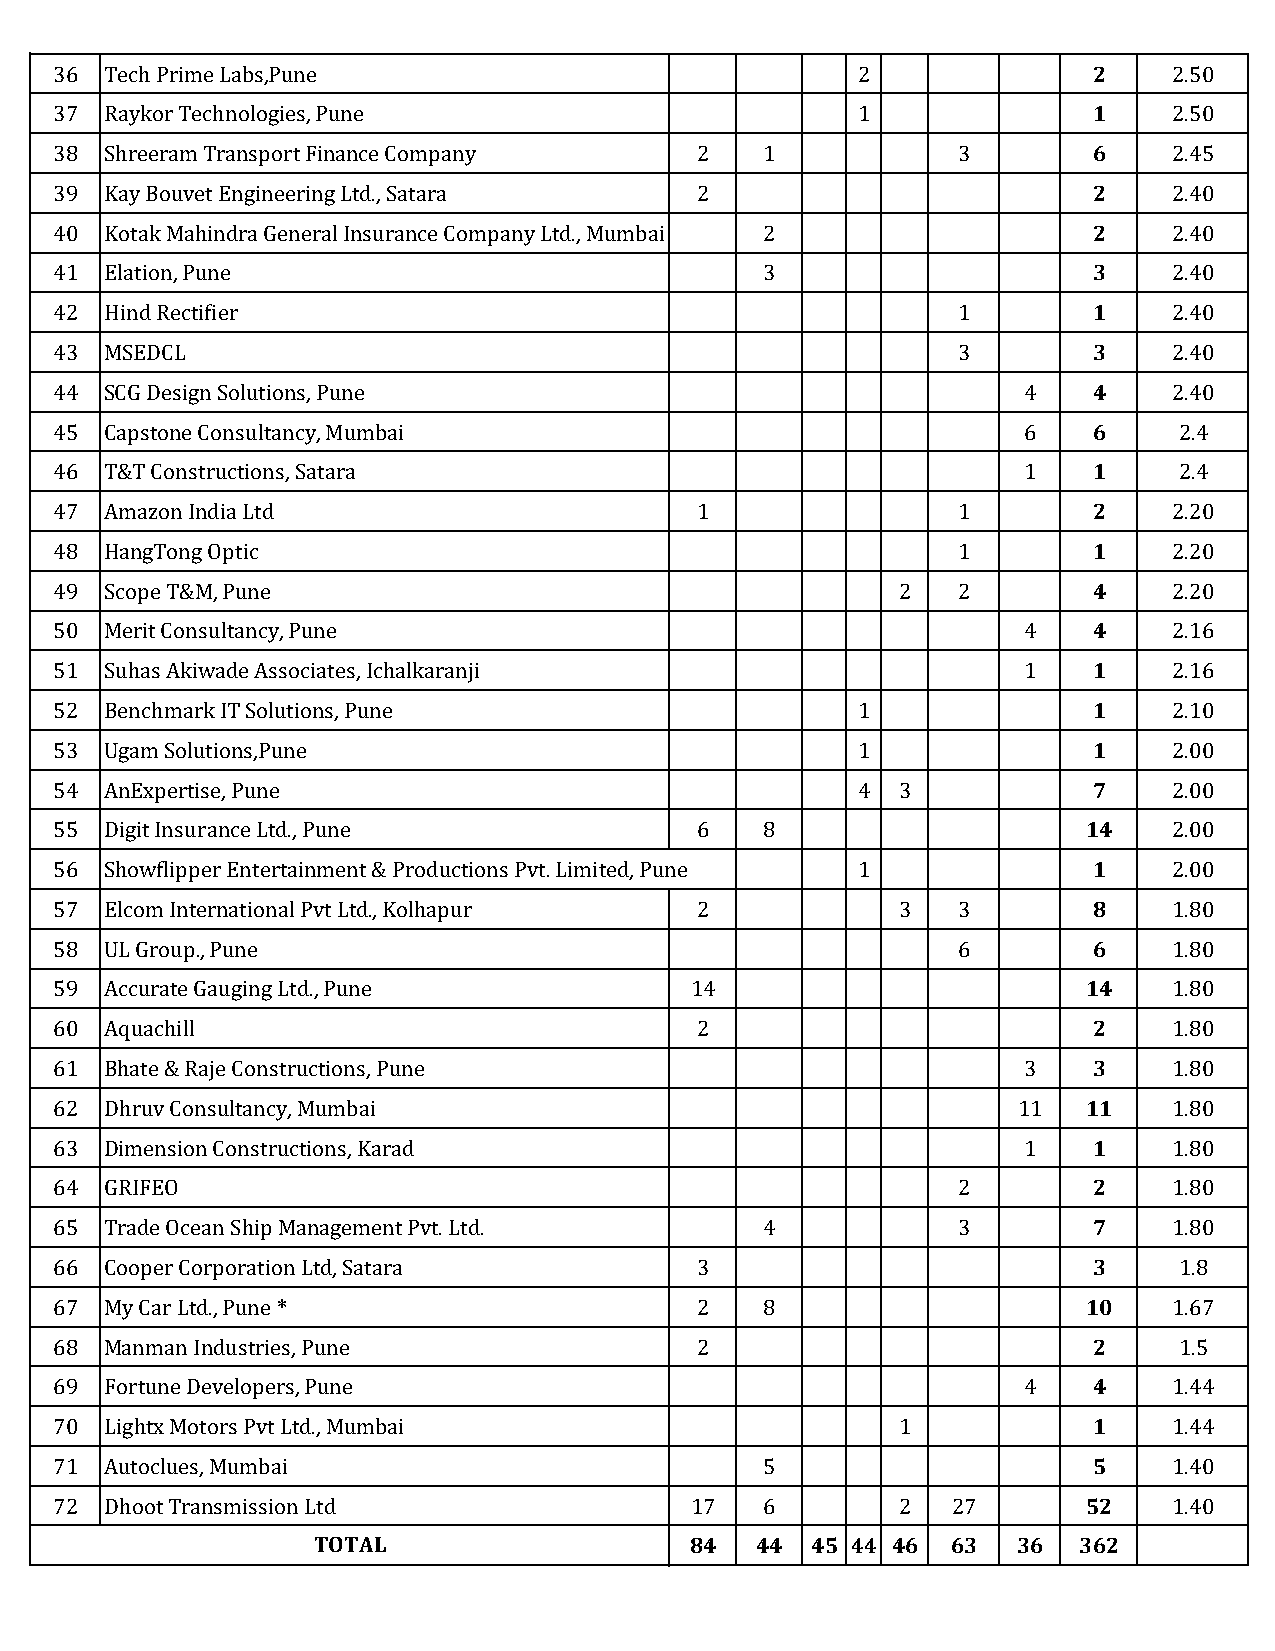
36 Tech Prime Labs,Pune                              2              2     2.50
 37 Raykor Technologies, Pune                         1              1     2.50
 38 Shreeram Transport Finance Company     2    1           3        6     2.45
 39 Kay Bouvet Engineering Ltd., Satara    2                         2     2.40
 40 Kotak Mahindra General Insurance Company Ltd., Mumbai 2          2     2.40
 41 Elation, Pune                               3                    3     2.40
 42 Hind Rectifier                                          1        1     2.40
 43 MSEDCL                                                  3        3     2.40
 44 SCG Design Solutions, Pune                                   4   4     2.40
 45 Capstone Consultancy, Mumbai                                 6   6     2.4
 46 T&T Constructions, Satara                                    1   1     2.4
 47 Amazon India Ltd                       1                1        2     2.20
 48 HangTong Optic                                          1        1     2.20
 49 Scope T&M, Pune                                     2   2        4     2.20
 50 Merit Consultancy, Pune                                      4   4     2.16
 51 Suhas Akiwade Associates, Ichalkaranji                       1   1     2.16
 52 Benchmark IT Solutions, Pune                      1              1     2.10
 53 Ugam Solutions,Pune                               1              1     2.00
 54 AnExpertise, Pune                                 4 3            7     2.00
 55 Digit Insurance Ltd., Pune             6    8                    14    2.00
 56 Showflipper Entertainment & Productions Pvt. Limited, Pune 1     1     2.00
 57 Elcom International Pvt Ltd., Kolhapur 2            3   3        8     1.80
 58 UL Group., Pune                                         6        6     1.80
 59 Accurate Gauging Ltd., Pune            14                        14    1.80
 60 Aquachill                              2                         2     1.80
 61 Bhate & Raje Constructions, Pune                             3   3     1.80
 62 Dhruv Consultancy, Mumbai                                   11   11    1.80
 63 Dimension Constructions, Karad                               1   1     1.80
 64 GRIFEO                                                  2        2     1.80
 65 Trade Ocean Ship Management Pvt. Ltd.       4           3        7     1.80
 66 Cooper Corporation Ltd, Satara         3                         3     1.8
 67 My Car Ltd., Pune *                    2    8                    10    1.67
 68 Manman Industries, Pune                2                         2     1.5
 69 Fortune Developers, Pune                                     4   4     1.44
 70 Lightx Motors Pvt Ltd., Mumbai                      1            1     1.44
 71 Autoclues, Mumbai                           5                    5     1.40
 72 Dhoot Transmission Ltd                 17   6       2   27       52    1.40
 TOTAL                    84  44  45 44 46 63  36  362